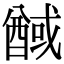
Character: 䤋